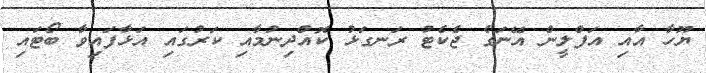
ޔޫހާ އާއި އަފްލީން އޭނަގެ ޖެކެޓު ރަނގަޅު ކޮއްދިނުމާއި ކަރުގައި އަޅާފައިވާ ބޯޓައި